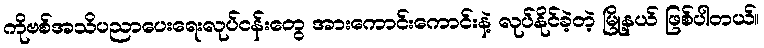
ကိုဗစ်အသိပညာပေးရေးလုပ်ငန်းတွေ အားကောင်းကောင်းနဲ့ လုပ်နိုင်ခဲ့တဲ့ မြို့နယ် ဖြစ်ပါတယ်။